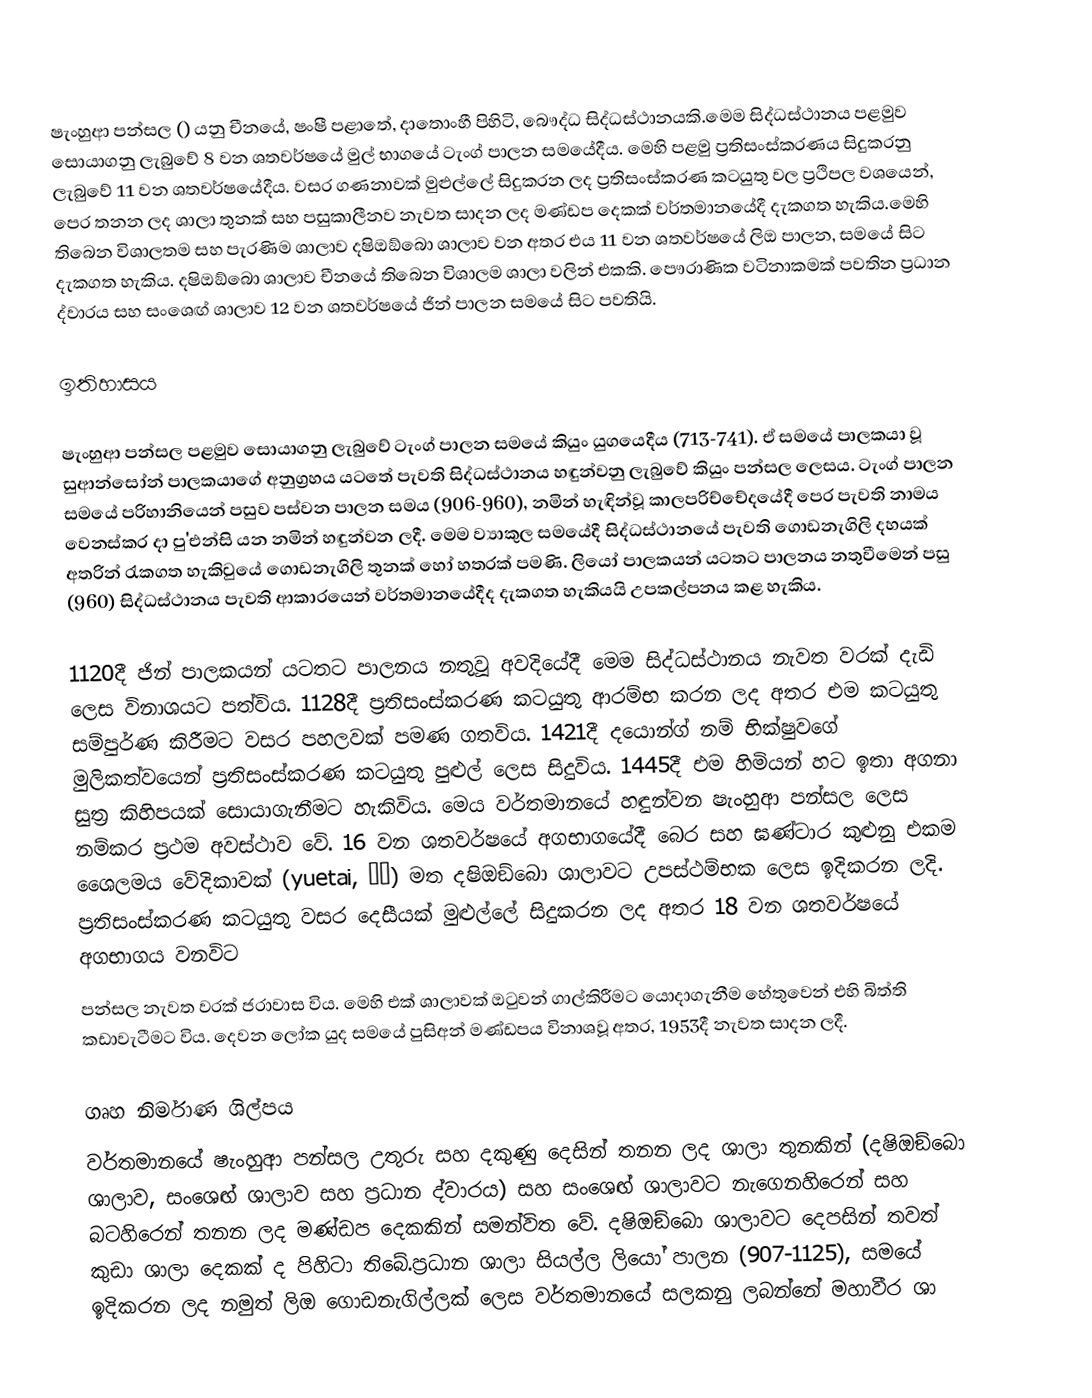
ෂැංහුආ පන්සල () යනු චීනයේ, ෂංෂී පළාතේ, දාතොංහී පිහිටි, බෞද්ධ  සිද්ධස්ථානයකි.මෙම සිද්ධස්ථානය පළමුව සොයාගනු ලැබුවේ 8 වන ශතවර්ෂයේ මුල් භාගයේ ටැංග් පාලන සමයේදීය. මෙහි පළමු ප්‍රතිසංස්කරණය සිදුකරනු ලැබුවේ 11 වන ශතවර්ෂයේදීය. වසර ගණනාවක් මුළුල්ලේ සිදුකරන ලද ප්‍රතිසංස්කරණ කටයුතු වල ප්‍රථිපල වශයෙන්,  පෙර තනන ලද ශාලා තුනක්  සහ පසුකාලීනව නැවත සාදන ලද මණ්ඩප දෙකක් වර්තමානයේදී දැකගත හැකිය.මෙහි තිබෙන විශාලතම සහ පැරණිම ශාලාව දෂිඔඞ්බො  ශාලාව වන අතර එය 11 වන ශතවර්ෂයේ  ලිඔ  පාලන, සමයේ  සිට දැකගත හැකිය. දෂිඔඞ්බො  ශාලාව චීනයේ තිබෙන විශාලම ශාලා වලින් එකකි. පෞරාණික වටිනාකමක් පවතින ප්‍රධාන ද්වාරය සහ සංශෙඟ්  ශාලාව 12 වන ශතවර්ෂයේ  ජින්  පාලන සමයේ  සිට පවතියි.

ඉතිහාසය

ෂැංහුආ පන්සල පළමුව සොයාගනු ලැබුවේ  ටැංග් පාලන සමයේ කියුං යුගයෙදීය (713-741). ඒ සමයේ පාලකයා වූ සුආන්සෝන් පාලකයාගේ අනුග්‍රහය යටතේ පැවති සිද්ධස්ථානය හඳුන්වනු ලැබුවේ කියුං පන්සල ලෙසය. ටැංග් පාලන සමයේ පරිහානියෙන් පසුව පස්වන  පාලන සමය (906-960), නමින් හැඳින්වූ කාලපරිච්චේදයේදී පෙර පැවති නාමය වෙනස්කර දා පු'එන්සි යන නමින් හඳුන්වන ලදී. මෙම ව්‍යාකුල සමයේදී සිද්ධස්ථානයේ පැවති ගොඩනැගිලි දහයක් අතරින් රැකගත හැකිවුයේ ගොඩනැගිලි තුනක් හෝ හතරක් පමණි. ලියෝ  පාලකයන් යටතට පාලනය නතුවීමෙන් පසු  (960) සිද්ධස්ථානය පැවති ආකාරයෙන් වර්තමානයේදීද දැකගත හැකියයි උපකල්පනය කළ හැකිය.

1120දී ජින් පාලකයන් යටතට පාලනය නතුවූ අවදියේදී මෙම  සිද්ධස්ථානය නැවත වරක් දැඩි ලෙස විනාශයට පත්විය. 1128දී ප්‍රතිසංස්කරණ කටයුතු ආරම්භ කරන ලද අතර එම කටයුතු සම්පුර්ණ කිරීමට වසර පහලවක් පමණ ගතවිය. 1421දී දයොන්ග් නම් භික්ෂුවගේ මුලිකත්වයෙන් ප්‍රතිසංස්කරණ කටයුතු පුළුල් ලෙස සිදුවිය. 1445දී එම හිමියන් හට ඉතා අගනා සුත්‍ර කිහිපයක් සොයාගැනීමට හැකිවිය. මෙය  වර්තමානයේ හඳුන්වන ෂැංහුආ පන්සල ලෙස නම්කර ප්‍රථම අවස්ථාව වේ. 16 වන  ශතවර්ෂයේ අගභාගයේදී බෙර සහ ඝණ්ටාර කුළුනු එකම ශෛලමය වේදිකාවක් (yuetai, 月台) මත දෂිඔඞ්බො  ශාලාවට උපස්ථම්භක ලෙස ඉදිකරන ලදි. ප්‍රතිසංස්කරණ කටයුතු වසර දෙසීයක් මුළුල්ලේ සිදුකරන ලද අතර 18 වන  ශතවර්ෂයේ අගභාගය වනවිට
පන්සල නැවත වරක් ජරාවාස විය. මෙහි එක් ශාලාවක්   ඔටුවන්  ගාල්කිරීමට යොදාගැනීම හේතුවෙන් එහි බිත්ති කඩාවැටීමට විය. දෙවන ලෝක යුද සමයේ පුසිඅන් මණ්ඩපය  විනාශවූ අතර, 1953දී නැවත සාදන ලදී.

ගෘහ නිර්මාණ ශිල්පය
වර්තමානයේ ෂැංහුආ පන්සල උතුරු සහ දකුණු දෙසින් තනන ලද ශාලා තුනකින් (දෂිඔඞ්බො  ශාලාව, සංශෙඟ්  ශාලාව සහ ප්‍රධාන ද්වාරය) සහ සංශෙඟ්  ශාලාවට නැගෙනහිරෙන්  සහ බටහිරෙන් තනන ලද මණ්ඩප දෙකකින් සමන්විත වේ.  දෂිඔඞ්බො  ශාලාවට දෙපසින් තවත් කුඩා ශාලා දෙකක් ද පිහිටා තිබේ.ප්‍රධාන  ශාලා සියල්ල  ලියෝ    පාලන (907-1125), සමයේ ඉදිකරන ලද නමුත් ලිඔ ගොඩනැගිල්ලක් ලෙස වර්තමානයේ සලකනු ලබන්නේ මහාවීර ශා